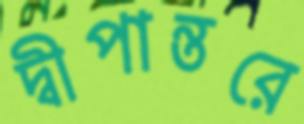
দ্বীপান্তরে